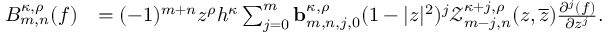
\begin{array} { r l } { B _ { m , n } ^ { \kappa , \rho } ( f ) } & { = ( - 1 ) ^ { m + n } z ^ { \rho } h ^ { \kappa } \sum _ { j = 0 } ^ { m } \mathbf { b } _ { m , n , j , 0 } ^ { \kappa , \rho } ( 1 - | z | ^ { 2 } ) ^ { j } \mathcal { Z } _ { m - j , n } ^ { \kappa + j , \rho } ( z , \overline { { z } } ) \frac { \partial ^ { j } ( f ) } { \partial z ^ { j } } . } \end{array}